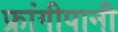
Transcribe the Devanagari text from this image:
फ्रांगीपानी